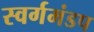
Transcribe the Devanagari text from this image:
स्वर्गमंडप